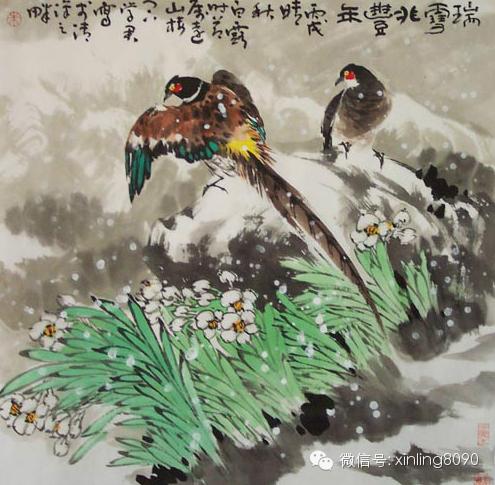
玉树歌残王气终，景阳兵合戍楼空。